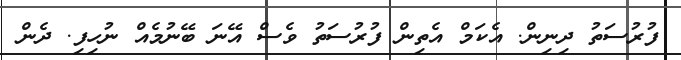
ފުރުސަތު ދިނިން. އެކަމް އެތިން ފުރުސަތު ވެސް އޭނަ ބޭނުމެއް ނުހިފި. ދެން